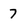
Character: 7